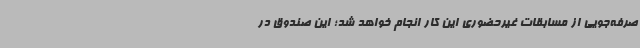
صرفه‌جویی از مسابقات غیرحضوری این کار انجام خواهد شد؛ این صندوق در